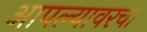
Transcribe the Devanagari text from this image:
आपल्यावरचा